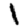
Digit: 1